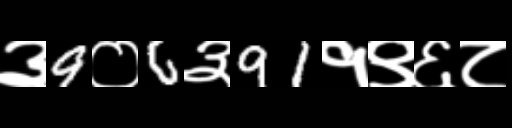
Text: ३9०6३91१९६८